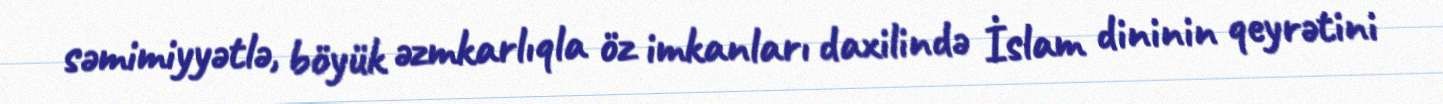
səmimiyyətlə, böyük əzmkarlıqla öz imkanları daxilində İslam dininin qeyrətini